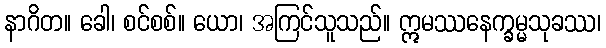
နာဂိတ။ ခေါ၊ စင်စစ်။ ယော၊ အကြင်သူသည်။ ဣမဿနေက္ခမ္မသုခဿ၊